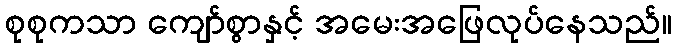
စုစုကသာ ကျော်စွာနှင့် အမေးအဖြေလုပ်နေသည်။